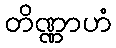
တိဏ္ဏာဟံ